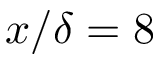
x / \delta = 8